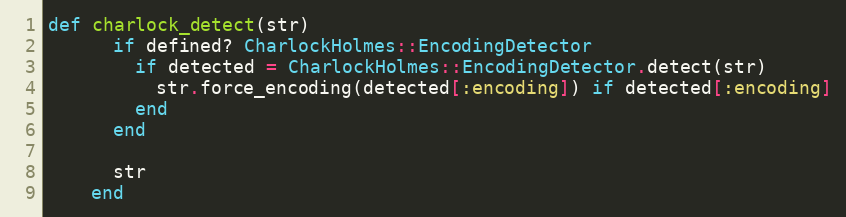
Language: Ruby
def charlock_detect(str)
      if defined? CharlockHolmes::EncodingDetector
        if detected = CharlockHolmes::EncodingDetector.detect(str)
          str.force_encoding(detected[:encoding]) if detected[:encoding]
        end
      end

      str
    end